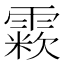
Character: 𩄶